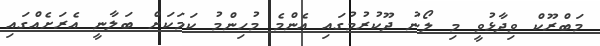
މަބްރޫކް ވިދާޅުވީ މި ލޯނު ދޫކުރުމުގައި އެންމެ މުހިންމު ކަމަކަށް ބަލާނީ އެރަށެއްގައި